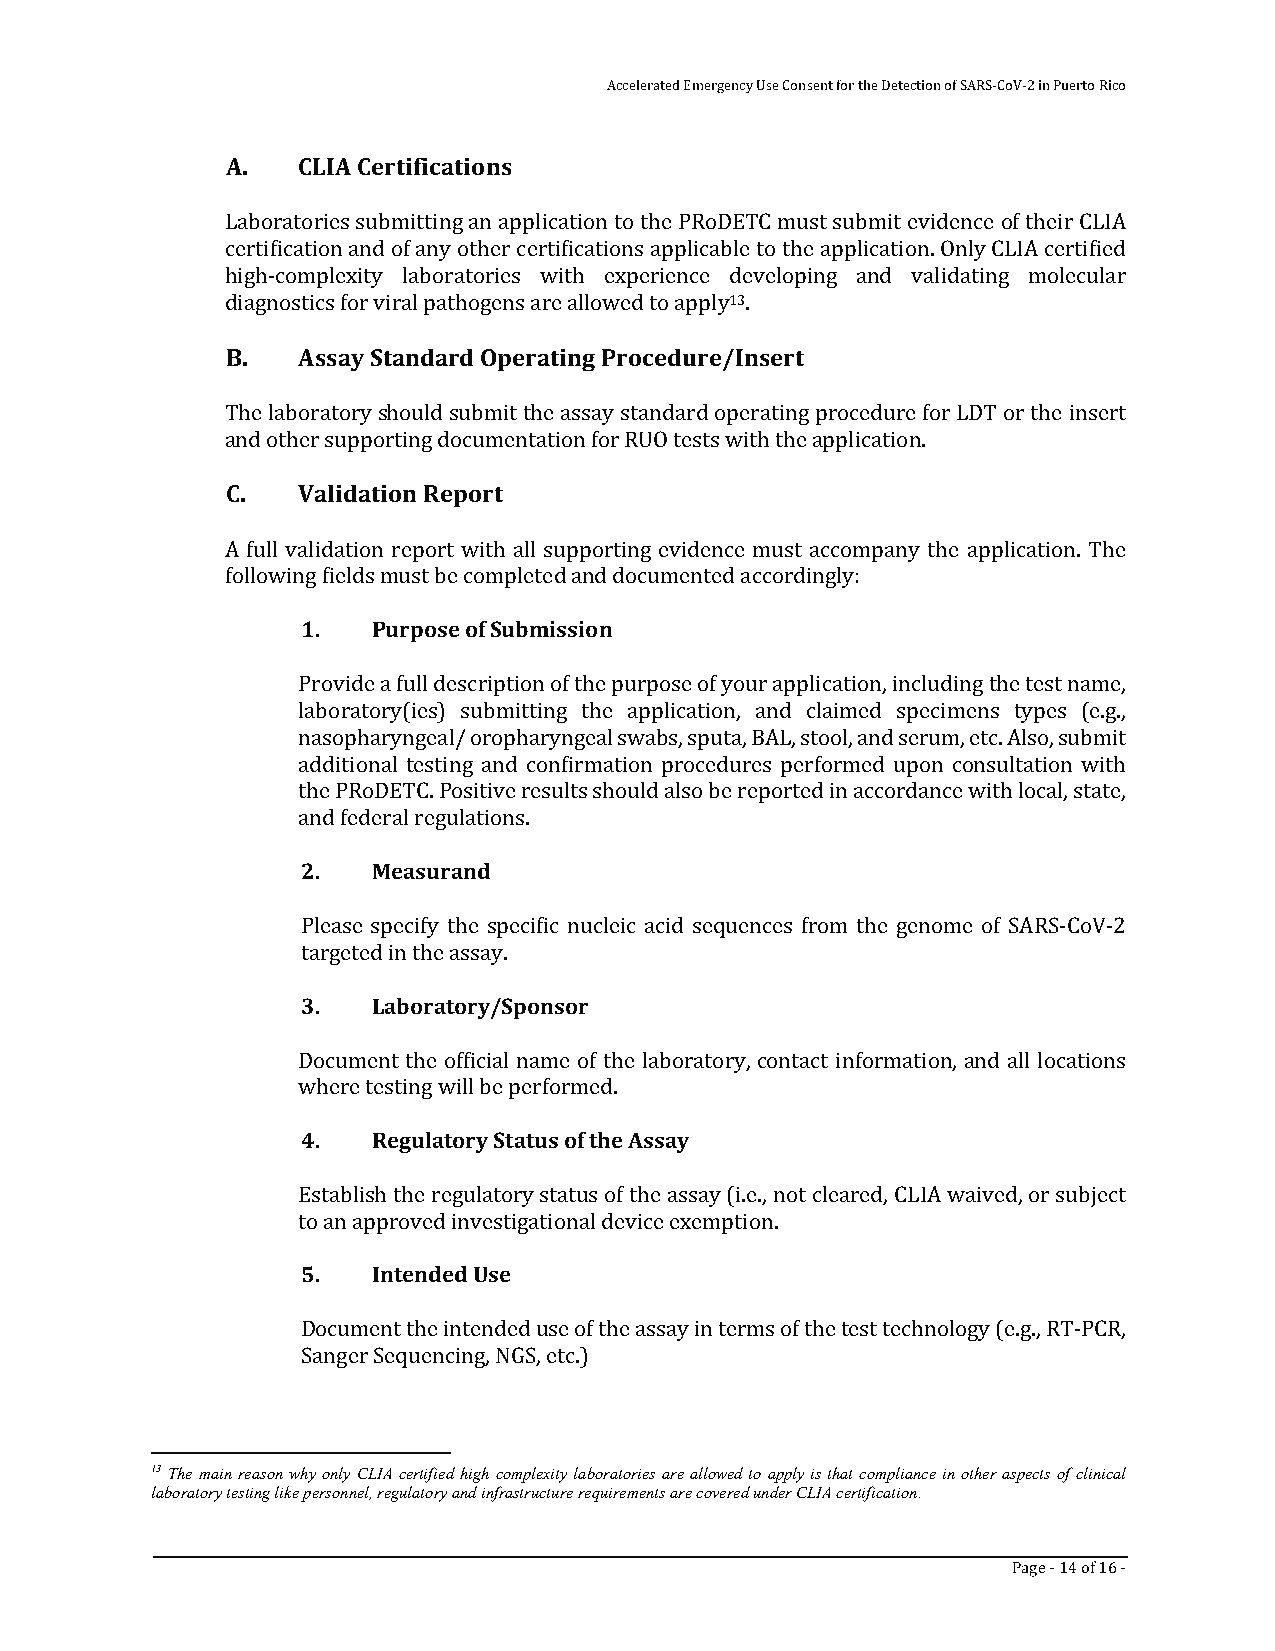
Accelerated Emergency Use Consent for the Detection of SARS-CoV-2 in Puerto Rico
 A.   CLIA Certifications
 Laboratories submitting an application to the PRoDETC must submit evidence of their CLIA
 certification and of any other certifications applicable to the application. Only CLIA certified
 high-complexity laboratories with experience developing and validating molecular
 diagnostics for viral pathogens are allowed to apply13.
 B.   Assay Standard Operating Procedure/Insert
 The laboratory should submit the assay standard operating procedure for LDT or the insert
 and other supporting documentation for RUO tests with the application.
 C.   Validation Report
 A full validation report with all supporting evidence must accompany the application. The
 following fields must be completed and documented accordingly:
 1.   Purpose of Submission
 Provide a full description of the purpose of your application, including the test name,
 laboratory(ies) submitting the application, and claimed specimens types (e.g.,
 nasopharyngeal/ oropharyngeal swabs, sputa, BAL, stool, and serum, etc. Also, submit
 additional testing and confirmation procedures performed upon consultation with
 the PRoDETC. Positive results should also be reported in accordance with local, state,
 and federal regulations.
 2.   Measurand
 Please specify the specific nucleic acid sequences from the genome of SARS-CoV-2
 targeted in the assay.
 3.   Laboratory/Sponsor
 Document the official name of the laboratory, contact information, and all locations
 where testing will be performed.
 4.   Regulatory Status of the Assay
 Establish the regulatory status of the assay (i.e., not cleared, CLIA waived, or subject
 to an approved investigational device exemption.
 5.   Intended Use
 Document the intended use of the assay in terms of the test technology (e.g., RT-PCR,
 Sanger Sequencing, NGS, etc.)
 13 The main reason why only CLIA certified high complexity laboratories are allowed to apply is that compliance in other aspects of clinical
 laboratory testing like personnel, regulatory and infrastructure requirements are covered under CLIA certification.
 Page - 14 of 16 -